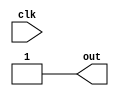
module initialize(
    input clk,
    output reg out
);

initial begin
    #10; // Specify delay of 10 time units
    // Perform initialization tasks here
    out <= 1'b1; // Example of initializing a variable
end

endmodule